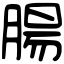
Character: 腸